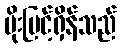
မိုးမြင့်ရှိန်သည်